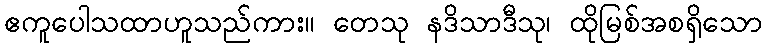
ဧကူပေါသထာဟူသည်ကား။ တေသု နဒိသာဒီသု၊ ထိုမြစ်အစရှိသော